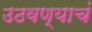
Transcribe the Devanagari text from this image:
उठवण्याचं